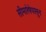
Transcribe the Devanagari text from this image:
सीमारेषेपासून